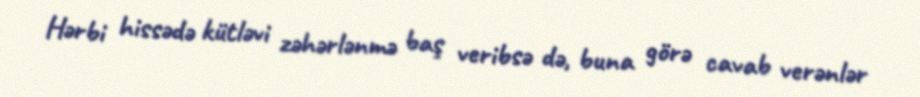
Hərbi hissədə kütləvi zəhərlənmə baş veribsə də, buna görə cavab verənlər